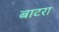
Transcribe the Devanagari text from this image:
बाटरा